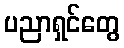
ပညာရှင်တွေ